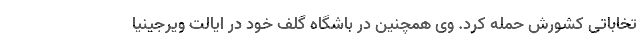
تخاباتی کشورش حمله کرد. وی همچنین در باشگاه گلف خود در ایالت ویرجینیا